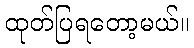
ထုတ်ပြရတော့မယ်။